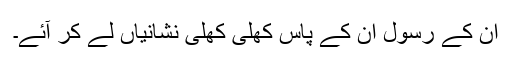
اُن کے رسول اُن کے پاس کھلی کھلی نشانیاں لے کر آئے۔